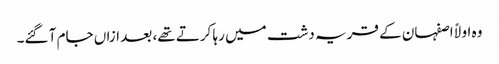
وہ اولاً اصفہان کے قریہ دشت میں رہا کرتے تھے، بعد ازاں جام آ گئے۔